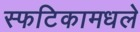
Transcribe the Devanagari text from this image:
स्फटिकामधले